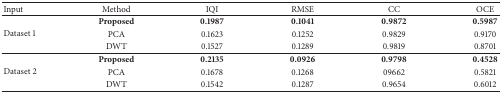
| Input | Method | IQI | RMSE | CC | OCE |
 | --- | --- | --- | --- | --- | --- |
 | <ROWSPAN=3> Dataset 1 | Proposed | 0.1987 | 0.1041 | 0.9872 | 0.5987 |
 | PCA | 0.1623 | 0.1252 | 0.9829 | 0.9170 |
 | DWT | 0.1527 | 0.1289 | 0.9819 | 0.8701 |
 | <ROWSPAN=3> Dataset 2 | Proposed | 0.2135 | 0.0926 | 0.9798 | 0.4528 |
 | PCA | 0.1678 | 0.1268 | 09662 | 0.5821 |
 | DWT | 0.1542 | 0.1287 | 0.9654 | 0.6012 |